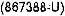
(867388-U)